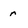
Character: r